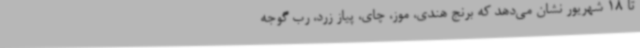
تا 18 شهریور نشان می‌دهد که برنج هندی، موز، چای، پیاز زرد، رب گوجه